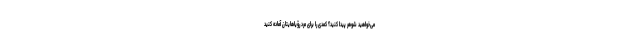
می‌خواهید شوهر پیدا کنید؟ کُمُدی را برای مرد رؤیاهایتان آماده کنید